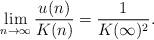
LaTeX: \begin{align*} \displaystyle\lim_{n\to\infty} \frac{u(n)}{K(n)}=\frac{1}{K(\infty)^2}. \end{align*}